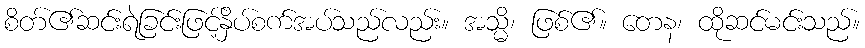
စိတ်၏ဆင်းရဲခြင်းဖြင့်နှိပ်စက်အပ်သည်လည်း။ အသ္မိ၊ ဖြစ်၏။ တေန၊ ထိုဆင်မင်းသည်။